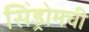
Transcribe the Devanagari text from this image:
सिंड्रोमची